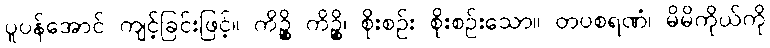
ပူပန်အောင် ကျင့်ခြင်းဖြင့်။ ကိဉ္စိ ကိဉ္စိ၊ စိုးစဉ်း စိုးစဉ်းသော။ တပစရဏံ၊ မိမိကိုယ်ကို